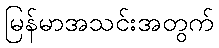
မြန်မာအသင်းအတွက်